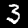
Label: 3